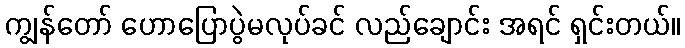
ကျွန်တော် ဟောပြောပွဲမလုပ်ခင် လည်ချောင်း အရင် ရှင်းတယ်။